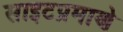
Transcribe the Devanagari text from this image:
साइटप्रमाणे